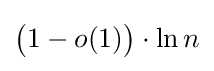
{\bigl (}1-o(1){\bigr )}\cdot \ln {n}